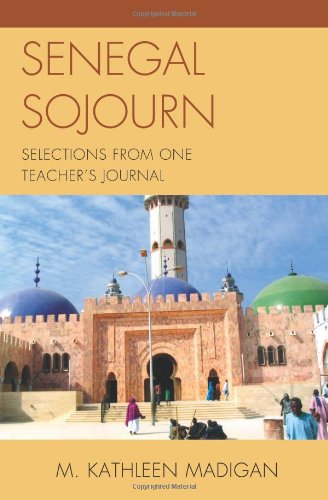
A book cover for Senegal Sojourn: Selections from One Teacher's Journal; Kathleen M. Madigan; Travel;